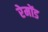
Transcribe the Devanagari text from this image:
रेमोंड